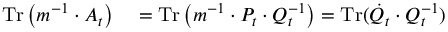
\begin{array} { r l } { \operatorname { T r } \left( m ^ { - 1 } \cdot A _ { t } \right) } & { { } = \operatorname { T r } \left( m ^ { - 1 } \cdot P _ { t } \cdot Q _ { t } ^ { - 1 } \right) = \operatorname { T r } ( \dot { Q } _ { t } \cdot Q _ { t } ^ { - 1 } ) } \end{array}